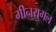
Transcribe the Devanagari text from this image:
मीनयुगल